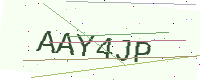
Text: AAY4JP